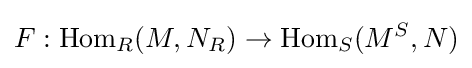
F:{\text{Hom}}_{R}(M,N_{R})\to {\text{Hom}}_{S}(M^{S},N)